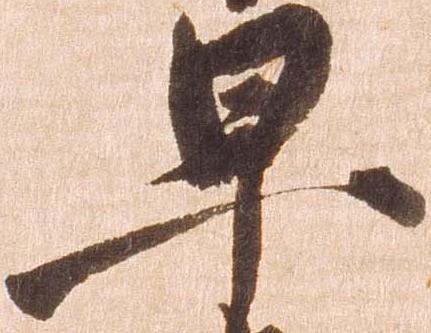
早